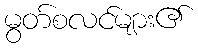
မွတ်စလင်များ၏